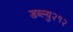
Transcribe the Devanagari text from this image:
डब्ल्यु२१२